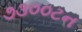
૭૩૦૦ટન